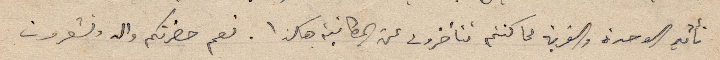
تأثير الوحدة والغربة فما كنتم تتأخرون عن المطالبة هكذا. نعم حضرتكم والد وتشعرون